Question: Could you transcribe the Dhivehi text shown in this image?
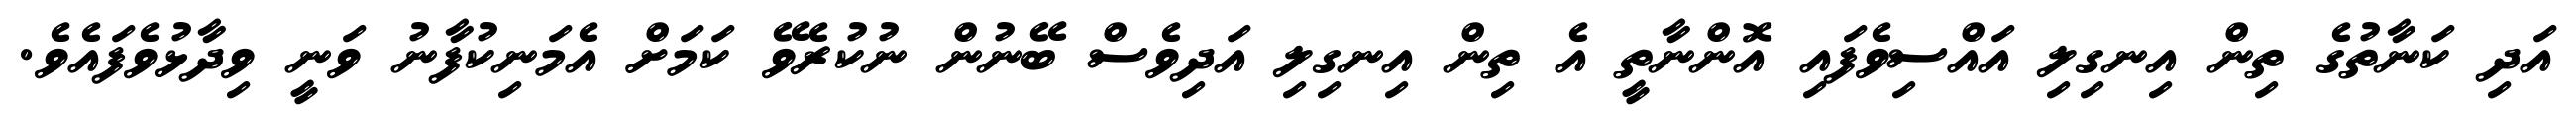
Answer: އަދި ކަނާތުގެ ތިން އިނގިލި އައްސިވެފައި އޮންނާތީ އެ ތިން އިނގިލި އަދިވެސް ބޭނުން ނުކުރެވޭ ކަމަށް އެމަނިކުފާނު ވަނީ ވިދާޅުވެފައެވެ.